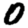
Digit: 0